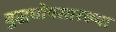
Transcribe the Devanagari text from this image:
बुद्धघोषसारख्या